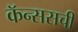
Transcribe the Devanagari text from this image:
कॅन्ससची